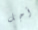
أجل